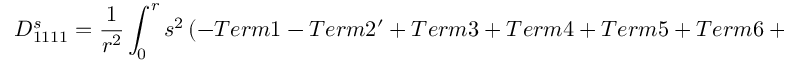
D _ { 1 1 1 1 } ^ { s } = \frac { 1 } { r ^ { 2 } } \int _ { 0 } ^ { r } s ^ { 2 } \left( - T e r m 1 - T e r m 2 ^ { \prime } + T e r m 3 + T e r m 4 + T e r m 5 + T e r m 6 + T e r m 7 \right) ^ { s } d s .